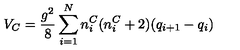
V _ { C } = \frac { g ^ { 2 } } { 8 } \sum _ { i = 1 } ^ { N } n _ { i } ^ { C } ( n _ { i } ^ { C } + 2 ) ( q _ { i + 1 } - q _ { i } )